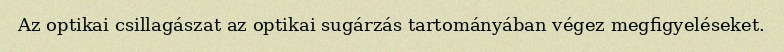
Az optikai csillagászat az optikai sugárzás tartományában végez megfigyeléseket.